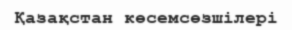
Қазақстан көсемсөзшілері